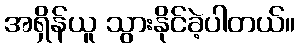
အရှိန်ယူ သွားနိုင်ခဲ့ပါတယ်။